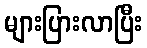
များပြားလာပြီး